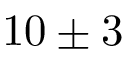
1 0 \pm 3